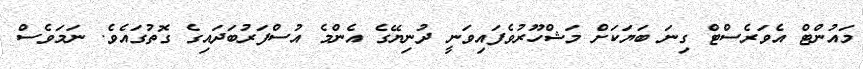
މައުންޓް އެވަރެސްޓް ގިނަ ބަޔަކަށް މަޝްހޫރުވެފައިވަނީ ދުނިޔޭގެ އެންމެ އުސްފަރުބަދައިގެ ގޮތުގައެެވެ. ނަމަވެސް